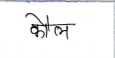
मजकूर: कौल